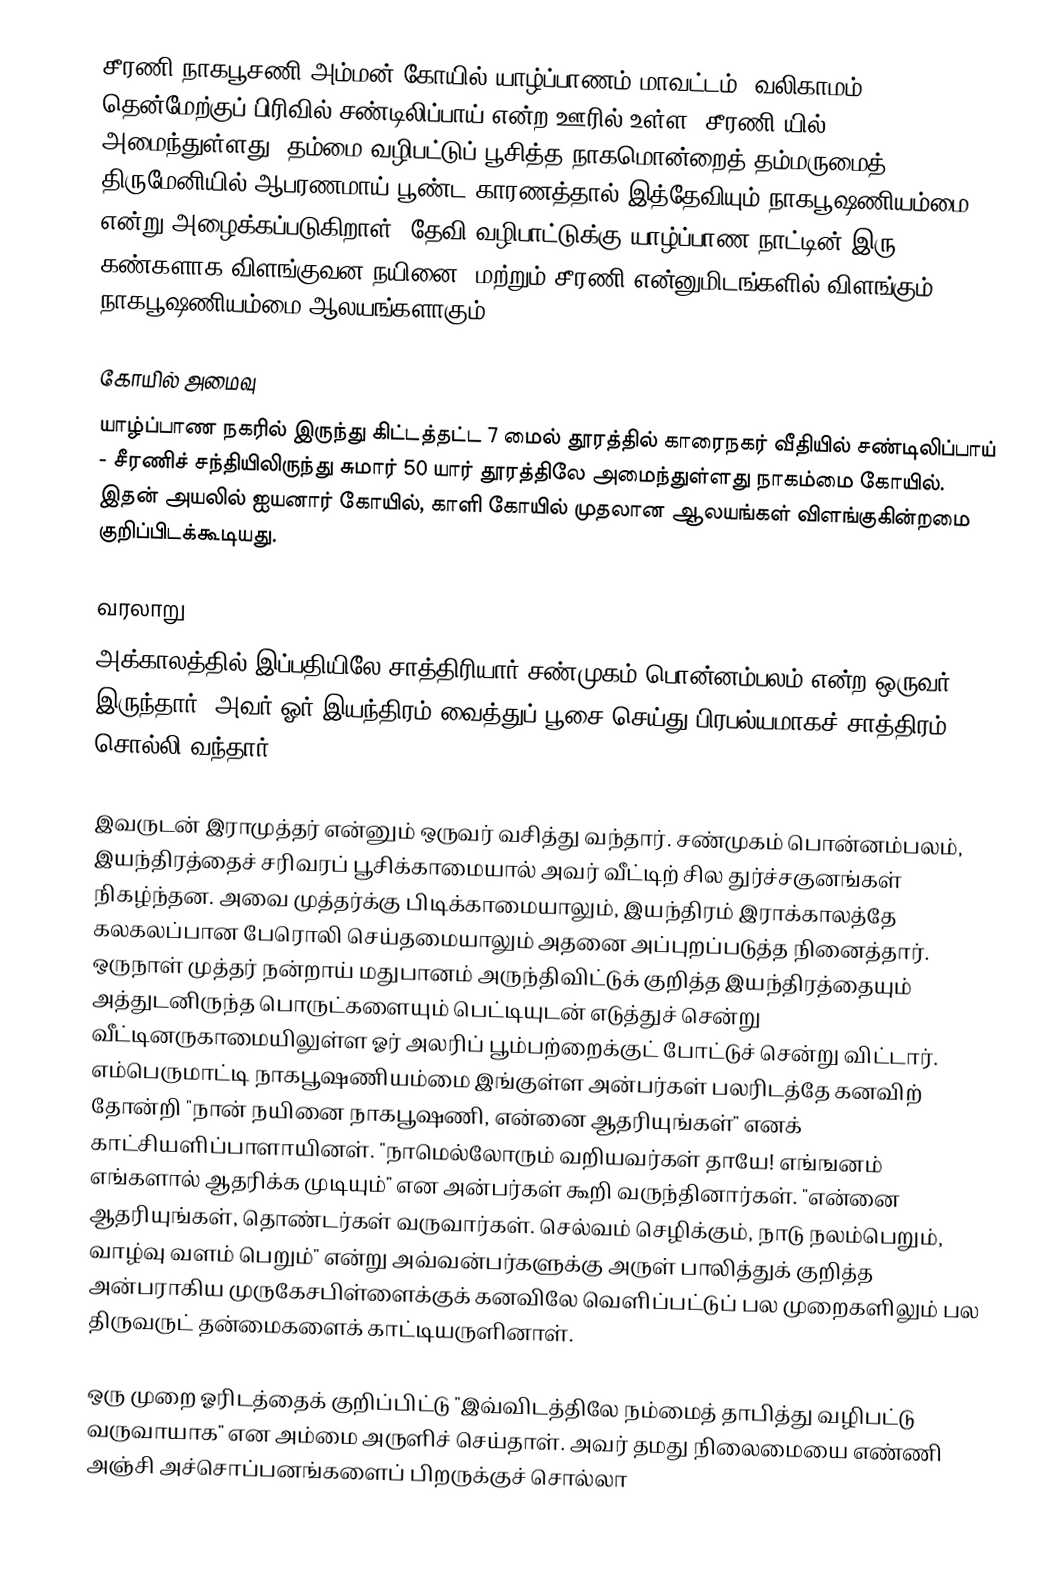
சீரணி நாகபூசணி அம்மன் கோயில் யாழ்ப்பாணம் மாவட்டம், வலிகாமம் தென்மேற்குப் பிரிவில் சண்டிலிப்பாய் என்ற ஊரில் உள்ள "சீரணி"யில் அமைந்துள்ளது. தம்மை வழிபட்டுப் பூசித்த நாகமொன்றைத் தம்மருமைத் திருமேனியில் ஆபரணமாய் பூண்ட காரணத்தால் இத்தேவியும் நாகபூஷணியம்மை என்று அழைக்கப்படுகிறாள். தேவி வழிபாட்டுக்கு யாழ்ப்பாண நாட்டின் இரு கண்களாக விளங்குவன நயினை, மற்றும் சீரணி என்னுமிடங்களில் விளங்கும் நாகபூஷணியம்மை ஆலயங்களாகும்.

கோயில் அமைவு
யாழ்ப்பாண நகரில் இருந்து கிட்டத்தட்ட 7 மைல் தூரத்தில் காரைநகர் வீதியில் சண்டிலிப்பாய் - சீரணிச் சந்தியிலிருந்து சுமார் 50 யார் தூரத்திலே அமைந்துள்ளது நாகம்மை கோயில். இதன் அயலில் ஐயனார் கோயில், காளி கோயில் முதலான ஆலயங்கள் விளங்குகின்றமை குறிப்பிடக்கூடியது.

வரலாறு
அக்காலத்தில் இப்பதியிலே சாத்திரியார் சண்முகம் பொன்னம்பலம் என்ற ஒருவர் இருந்தார். அவர் ஓர் இயந்திரம் வைத்துப் பூசை செய்து பிரபல்யமாகச் சாத்திரம் சொல்லி வந்தார்.

இவருடன் இராமுத்தர் என்னும் ஒருவர் வசித்து வந்தார். சண்முகம் பொன்னம்பலம், இயந்திரத்தைச் சரிவரப் பூசிக்காமையால் அவர் வீட்டிற் சில துர்ச்சகுனங்கள் நிகழ்ந்தன. அவை முத்தர்க்கு பிடிக்காமையாலும், இயந்திரம் இராக்காலத்தே கலகலப்பான பேரொலி செய்தமையாலும் அதனை அப்புறப்படுத்த நினைத்தார். ஒருநாள் முத்தர் நன்றாய் மதுபானம் அருந்திவிட்டுக் குறித்த இயந்திரத்தையும் அத்துடனிருந்த பொருட்களையும் பெட்டியுடன் எடுத்துச் சென்று வீட்டினருகாமையிலுள்ள ஓர் அலரிப் பூம்பற்றைக்குட் போட்டுச் சென்று விட்டார். எம்பெருமாட்டி நாகபூஷணியம்மை இங்குள்ள அன்பர்கள் பலரிடத்தே கனவிற் தோன்றி "நான் நயினை நாகபூஷணி, என்னை ஆதரியுங்கள்" எனக் காட்சியளிப்பாளாயினள். "நாமெல்லோரும் வறியவர்கள் தாயே! எங்ஙனம் எங்களால் ஆதரிக்க முடியும்" என அன்பர்கள் கூறி வருந்தினார்கள். "என்னை ஆதரியுங்கள், தொண்டர்கள் வருவார்கள். செல்வம் செழிக்கும், நாடு நலம்பெறும், வாழ்வு வளம் பெறும்" என்று அவ்வன்பர்களுக்கு அருள் பாலித்துக் குறித்த அன்பராகிய முருகேசபிள்ளைக்குக் கனவிலே வெளிப்பட்டுப் பல முறைகளிலும் பல திருவருட் தன்மைகளைக் காட்டியருளினாள்.

ஒரு முறை ஓரிடத்தைக் குறிப்பிட்டு "இவ்விடத்திலே நம்மைத் தாபித்து வழிபட்டு வருவாயாக" என அம்மை அருளிச் செய்தாள். அவர் தமது நிலைமையை எண்ணி அஞ்சி அச்சொப்பனங்களைப் பிறருக்குச் சொல்லா